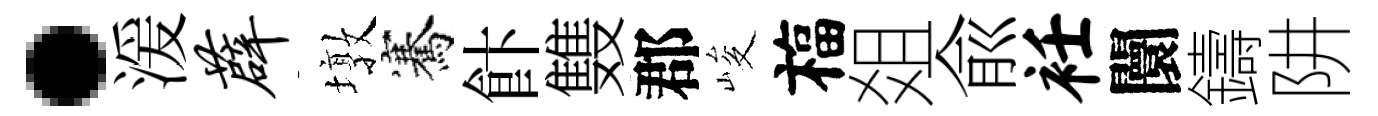
·湲薜墩騫飰䨇郡峻福爼兪衽闤鑄阱